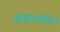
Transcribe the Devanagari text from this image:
सवाष्णींच्या